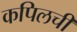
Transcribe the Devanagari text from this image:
कपिलची